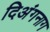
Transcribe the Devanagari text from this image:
दिअंगनाग